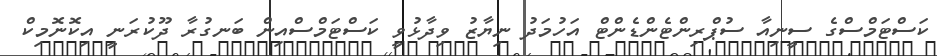
ކަސްޓަމްސްގެ ސީނިއާ ސުޕްރިންޓެންޑެންޓް އަހުމަދު ނިޔާޒު ވިދާޅުވީ ކަސްޓަމްސްއިން ބަނގުރާ ދޫކުރަނީ އިކޮނޮމިކް